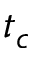
t _ { c }